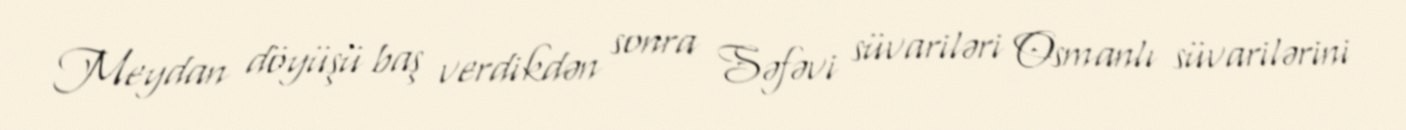
Meydan döyüşü baş verdikdən sonra Səfəvi süvariləri Osmanlı süvarilərini